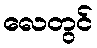
လေတွင်